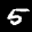
Label: 5